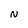
Character: N